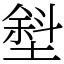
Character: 㙦